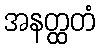
အနတ္ထတံ